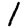
Digit: 1